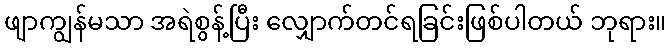
ဖျာကျွန်မသာ အရဲစွန့်ပြီး လျှောက်တင်ရခြင်းဖြစ်ပါတယ် ဘုရား။